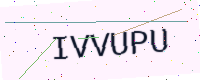
Text: IVVUPU